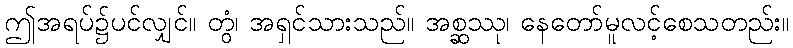
ဤအရပ်၌ပင်လျှင်။ တွံ၊ အရှင်သားသည်။ အစ္ဆဿု၊ နေတော်မူလင့်စေသတည်း။